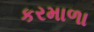
કરમાળા